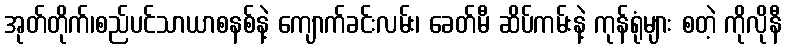
အုတ်တိုက်၊စည်ပင်သာယာစနစ်နဲ့ ကျောက်ခင်းလမ်း၊ ခေတ်မီ ဆိပ်ကမ်းနဲ့ ကုန်ရုံများ စတဲ့ ကိုလိုနီ